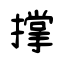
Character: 撐